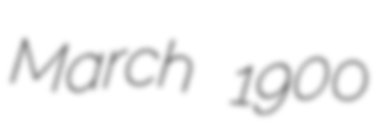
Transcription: March 1900